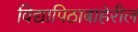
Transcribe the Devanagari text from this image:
विद्यापिठाबाहेरील